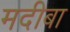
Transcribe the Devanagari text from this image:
मदीबा